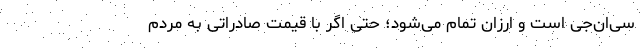
سی‌ان‌جی است و ارزان تمام می‌شود؛ حتی اگر با قیمت صادراتی به مردم